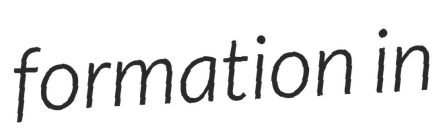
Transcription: formation in